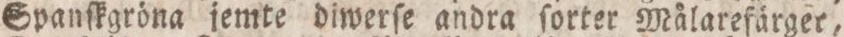
Spanſkgröna jemte diwerſe andra ſorter Målarefärger,